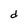
Character: d